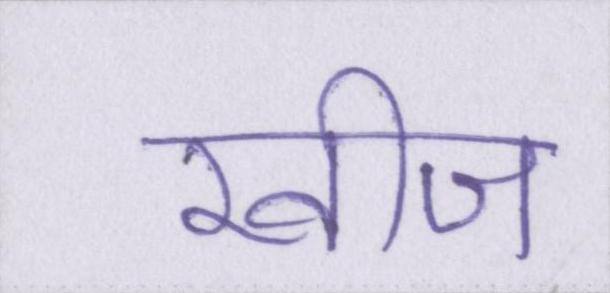
खीज